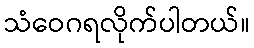
သံဝေဂရလိုက်ပါတယ်။